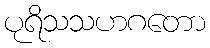
ပုရိသသဟဂတော